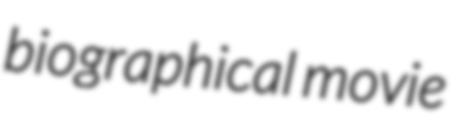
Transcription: biographical movie